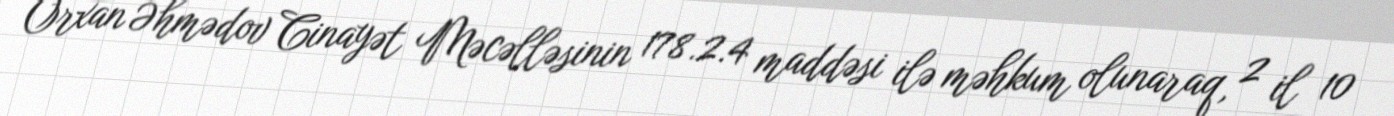
Orxan Əhmədov Cinayət Məcəlləsinin 178.2.4 maddəsi ilə məhkum olunaraq, 2 il 10